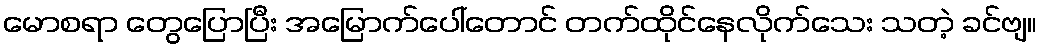
မောစရာ တွေပြောပြီး အမြောက်ပေါ်တောင် တက်ထိုင်နေလိုက်သေး သတဲ့ ခင်ဗျ။